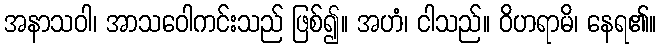
အနာသဝါ၊ အာသဝေါကင်းသည် ဖြစ်၍။ အဟံ၊ ငါသည်။ ဝိဟရာမိ၊ နေရ၏။